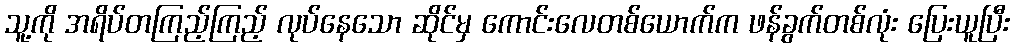
သူ့ကို အရိပ်တကြည့်ကြည့် လုပ်နေသော ဆိုင်မှ ကောင်းလေတစ်ယောက်က ဖန်ခွက်တစ်လုံး ပြေးယူပြီး